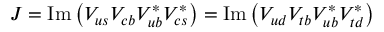
J = \mathrm { I m } \left( V _ { u s } V _ { c b } V _ { u b } ^ { * } V _ { c s } ^ { * } \right) = \mathrm { I m } \left( V _ { u d } V _ { t b } V _ { u b } ^ { * } V _ { t d } ^ { * } \right)